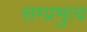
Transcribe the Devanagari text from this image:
सम्प्रभुत्व